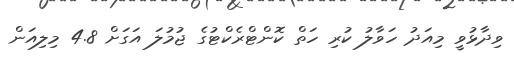
ވިދާޅުވީ މިއަދު ހަވާލު ކުރި ހަތް ކޮންޓްރެކްޓުގެ ޖުމުލަ އަގަށް 4.8 މިލިއަން